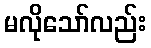
မလိုသော်လည်း